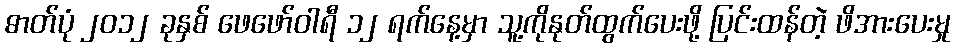
ဓာတ်ပုံ ၂၀၁၂ ခုနှစ် ဖေဖော်ဝါရီ ၁၂ ရက်နေ့မှာ သူ့ကိုနုတ်ထွက်ပေးဖို့ ပြင်းထန်တဲ့ ဖိအားပေးမှု